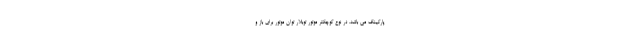
پارکینگ می باشد. در نوع کوچکتر موتور توبلار توان موتور برای باز و